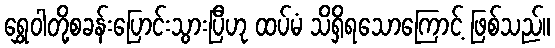
ရွှေဝါတို့စခန်းပြောင်းသွားပြီဟု ထပ်မံ သိရှိရသောကြောင့် ဖြစ်သည်။